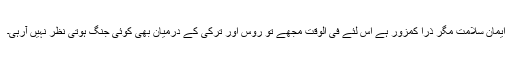
ایمان سلامت مگر ذرا کمزور ہے اس لئے فی الوقت مجھے تو روس اور ترکی کے درمیان بھی کوئی جنگ ہوتی نظر نہیں آرہی۔